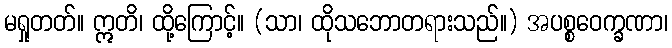
မရှုတတ်။ ဣတိ၊ ထို့ကြောင့်။ (သာ၊ ထိုသဘောတရားသည်။) အပစ္စဝေက္ခဏာ၊